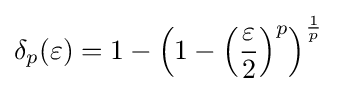
\delta _{p}(\varepsilon )=1-\left(1-\left({\frac {\varepsilon }{2}}\right)^{p}\right)^{\frac {1}{p}}